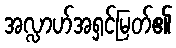
အလ္လာဟ်အရှင်မြတ်၏